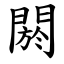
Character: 閼